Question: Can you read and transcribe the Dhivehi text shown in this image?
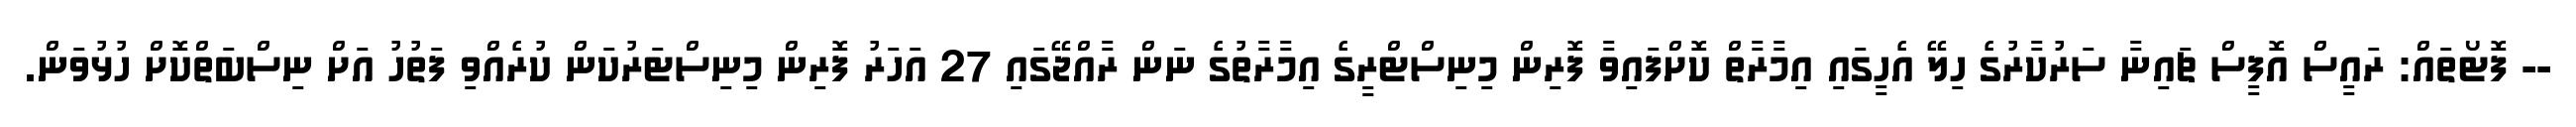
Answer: -- ފޮޓޯތައް: ރައީސް އޮފީސް ޗައިނާ ސަރުކާރުގެ ހިލޭ އެހީގައި އިމާރާތް ކޮށްފައިވާ ފޮރިން މިނިސްޓްރީގެ އިމާރާތުގެ ނަން ރާއްޖޭގައި 27 އަހަރު ފޮރިން މިނިސްޓަރުކަން ކުރެއްވި ފަތުހު އަށް ނިސްބަތްކޮށް ހުޅުވަން.